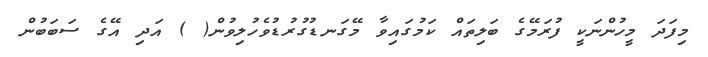
މިފަދަ މީހުންނަކީ ފުރަމޭގެ ބަލިތައް ކަމުގައިވާ މޭގަނޑުގުރުޑުވެހުލިވުން( ) އަދި އޭގެ ސަބަބުން